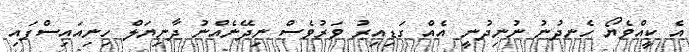
އެ ކީއްވެޔޯ ހެނދުނު ނުނިދުނީ އެއް ގަޑިއިރު ވަރުވެސް ނިދޭނެއްނު ދާނިޔަލް ހިނިއައިސްފައި